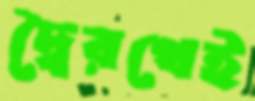
দ্বৈরথেই